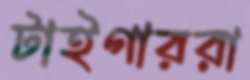
টাইগাররা